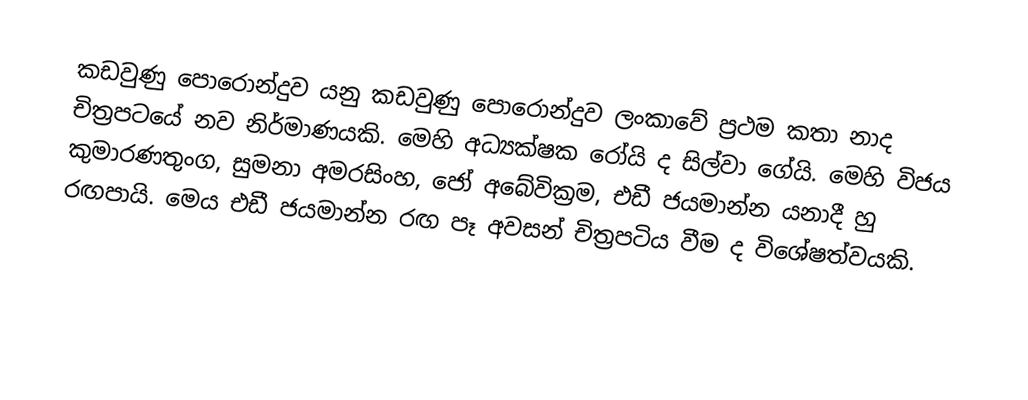
කඩවුණු පොරොන්දුව යනු කඩවුණු පොරොන්දුව ලංකාවේ ප්‍රථම කතා නාද චිත්‍රපටයේ නව නිර්මාණයකි. මෙහි අධ්‍යක්ෂක රෝයි ද සිල්වා ගේයි. මෙහි විජය කුමාරණතුංග, සුමනා අමරසිංහ, ජෝ අබේවික්‍රම, එඩී ජයමාන්න යනාදී හු රඟපායි. මෙය එඩී ජයමාන්න රඟ පෑ අවසන් චිත්‍රපටිය වීම ද විශේෂත්වයකි.